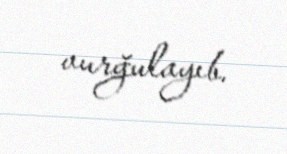
vurğulayıb.